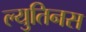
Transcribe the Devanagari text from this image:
ल्युतिनस